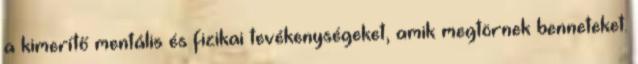
a kimerítő mentális és fizikai tevékenységeket, amik megtörnek benneteket.